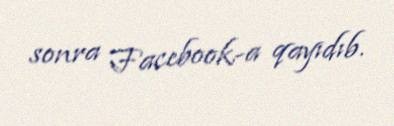
sonra Facebook-a qayıdıb.